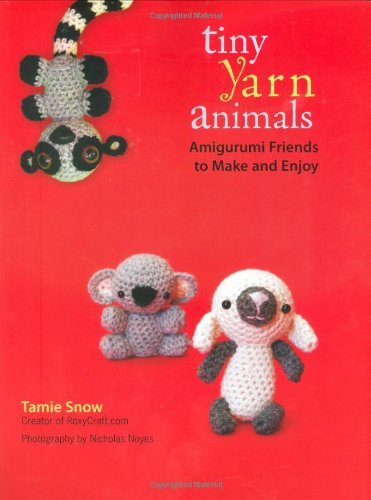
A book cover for Tiny Yarn Animals: Amigurumi Friends to Make and Enjoy; Tamie Snow; Crafts, Hobbies & Home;